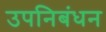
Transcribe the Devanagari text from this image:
उपनिबंधन